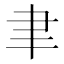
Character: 聿